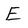
Character: E